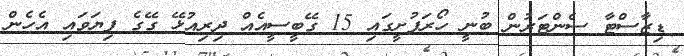
ޑިޒާސްޓާ ސެންޓަރުން ބުނީ ހޯރަފުށީގައި 15 ގޭބީސީއެއް ދިރިއުޅޭ ގޭގެ ފިޔަވައި އެހެން